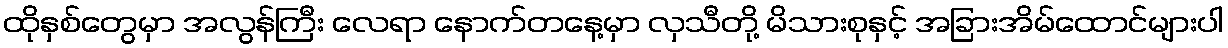
ထိုနှစ်တွေမှာ အလွန်ကြီး လေရာ နောက်တနေ့မှာ လှသီတို့ မိသားစုနှင့် အခြားအိမ်ထောင်များပါ